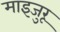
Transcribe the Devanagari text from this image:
माइजुरू